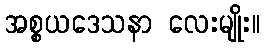
အစ္စယဒေသနာ လေးမျိုး။